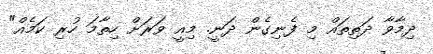
ދިމާވާ ދަތިތައް މި ފެނިގެން ދަނީ. މިއީ ވަރަށް ހިތާމަ ހުރި ކަމެއް"